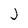
Character: j